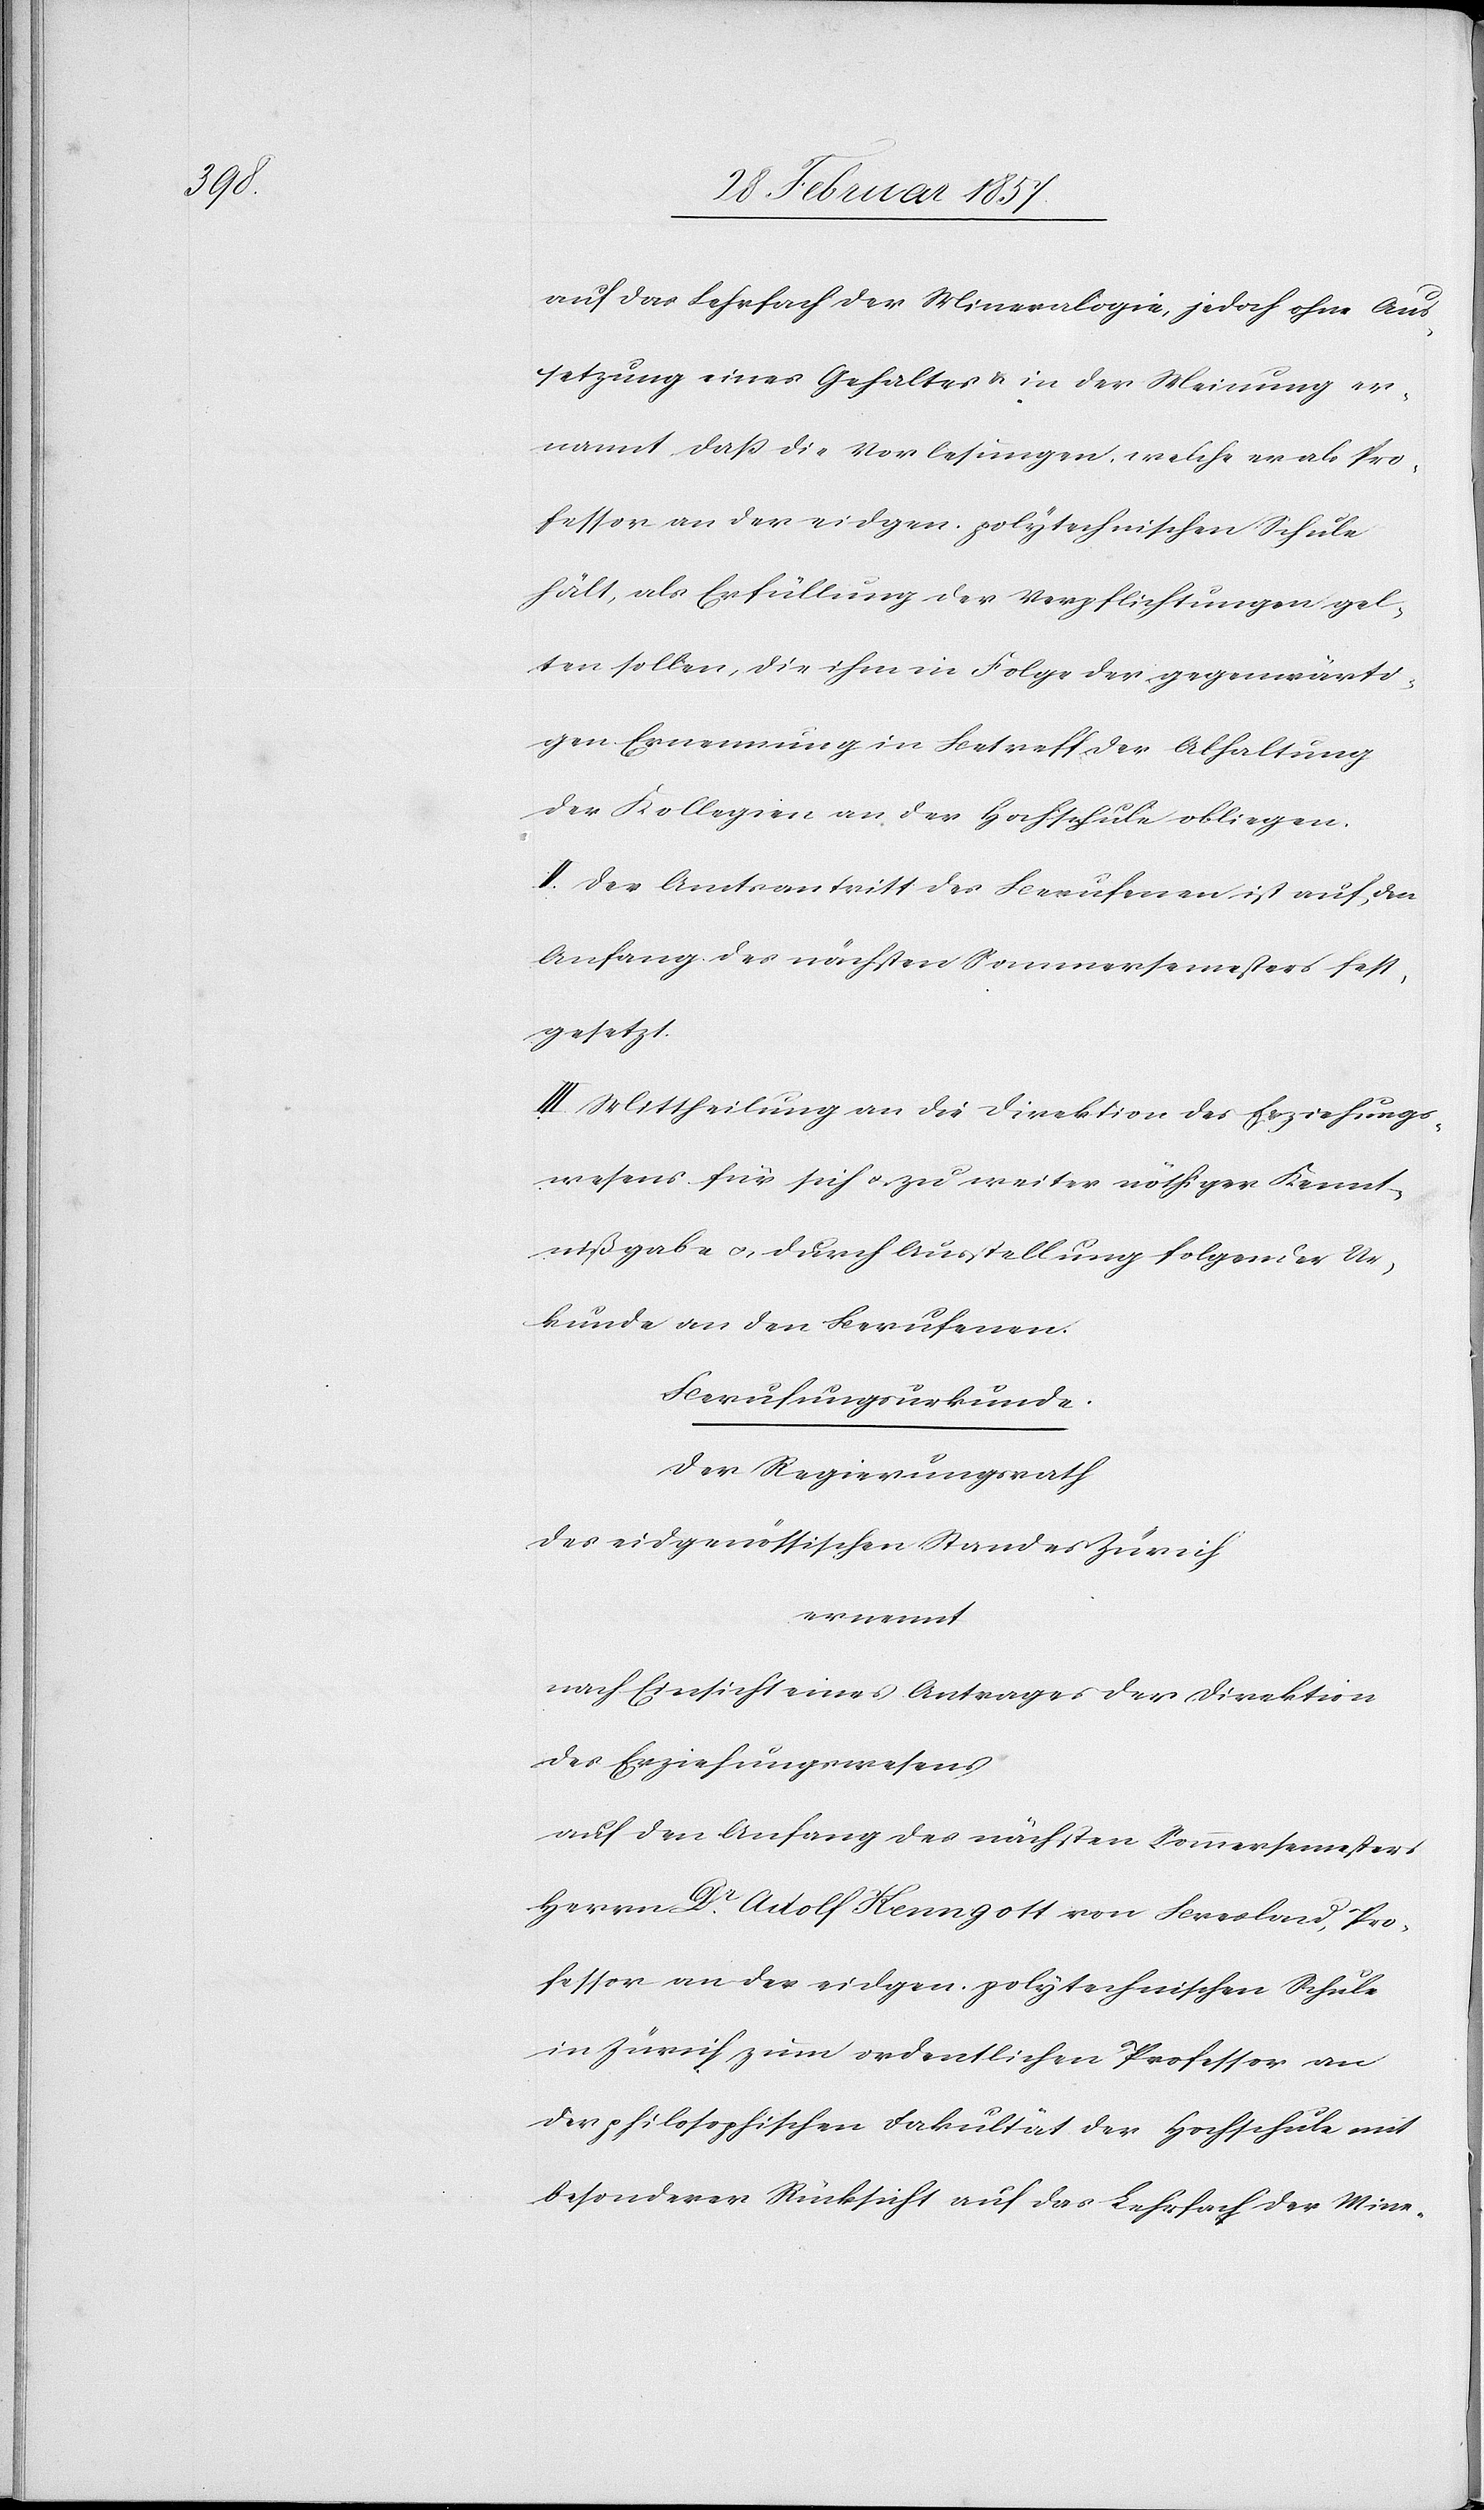
auf das Lehrfach der Mineralogie, jedoch ohne Aus¬
setzung eines Gehaltes u. in der Meinung er¬
nannt, daß die Vorlesungen, welche er als Pro¬
fessor an der eidgen. polytechnischen Schule
hält, als Erfüllung der Verpflichtungen gel¬
ten sollen, die ihm in Folge der gegenwärti¬
gen Ernennung in Betreff der Abhaltung
der Kollegien an der Hochschule obliegen.
II. Der Amtsantritt des Berufenen ist auf den
Anfang des nächsten Sommersemesters fest¬
gesetzt.
III. Mittheilung an die Direktion des Erziehungs¬
wesens für sich u. zu weiter nöthiger Kennt¬
nißgabe u. durch Ausstellung folgender Ur¬
kunde an den Berufenen.
Berufungsurkunde.
Der Regierungsrath
des eidgenössischen Standes Zürich
ernennt
nach Einsicht eines Antrages der Direktion
des Erziehungswesens
auf den Anfang des nächsten Sommersemesters
Herrn Dr Adolf Kenngott von Breslau, Pro¬
fessor an der eidgen. polytechnischen Schule
in Zürich zum ordentlichen Professor an
der philosophischen Fakultät der Hochschule mit
besonderer Rücksicht auf das Lehrfach der Mine-